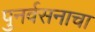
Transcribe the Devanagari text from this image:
पुनर्वसनाचा